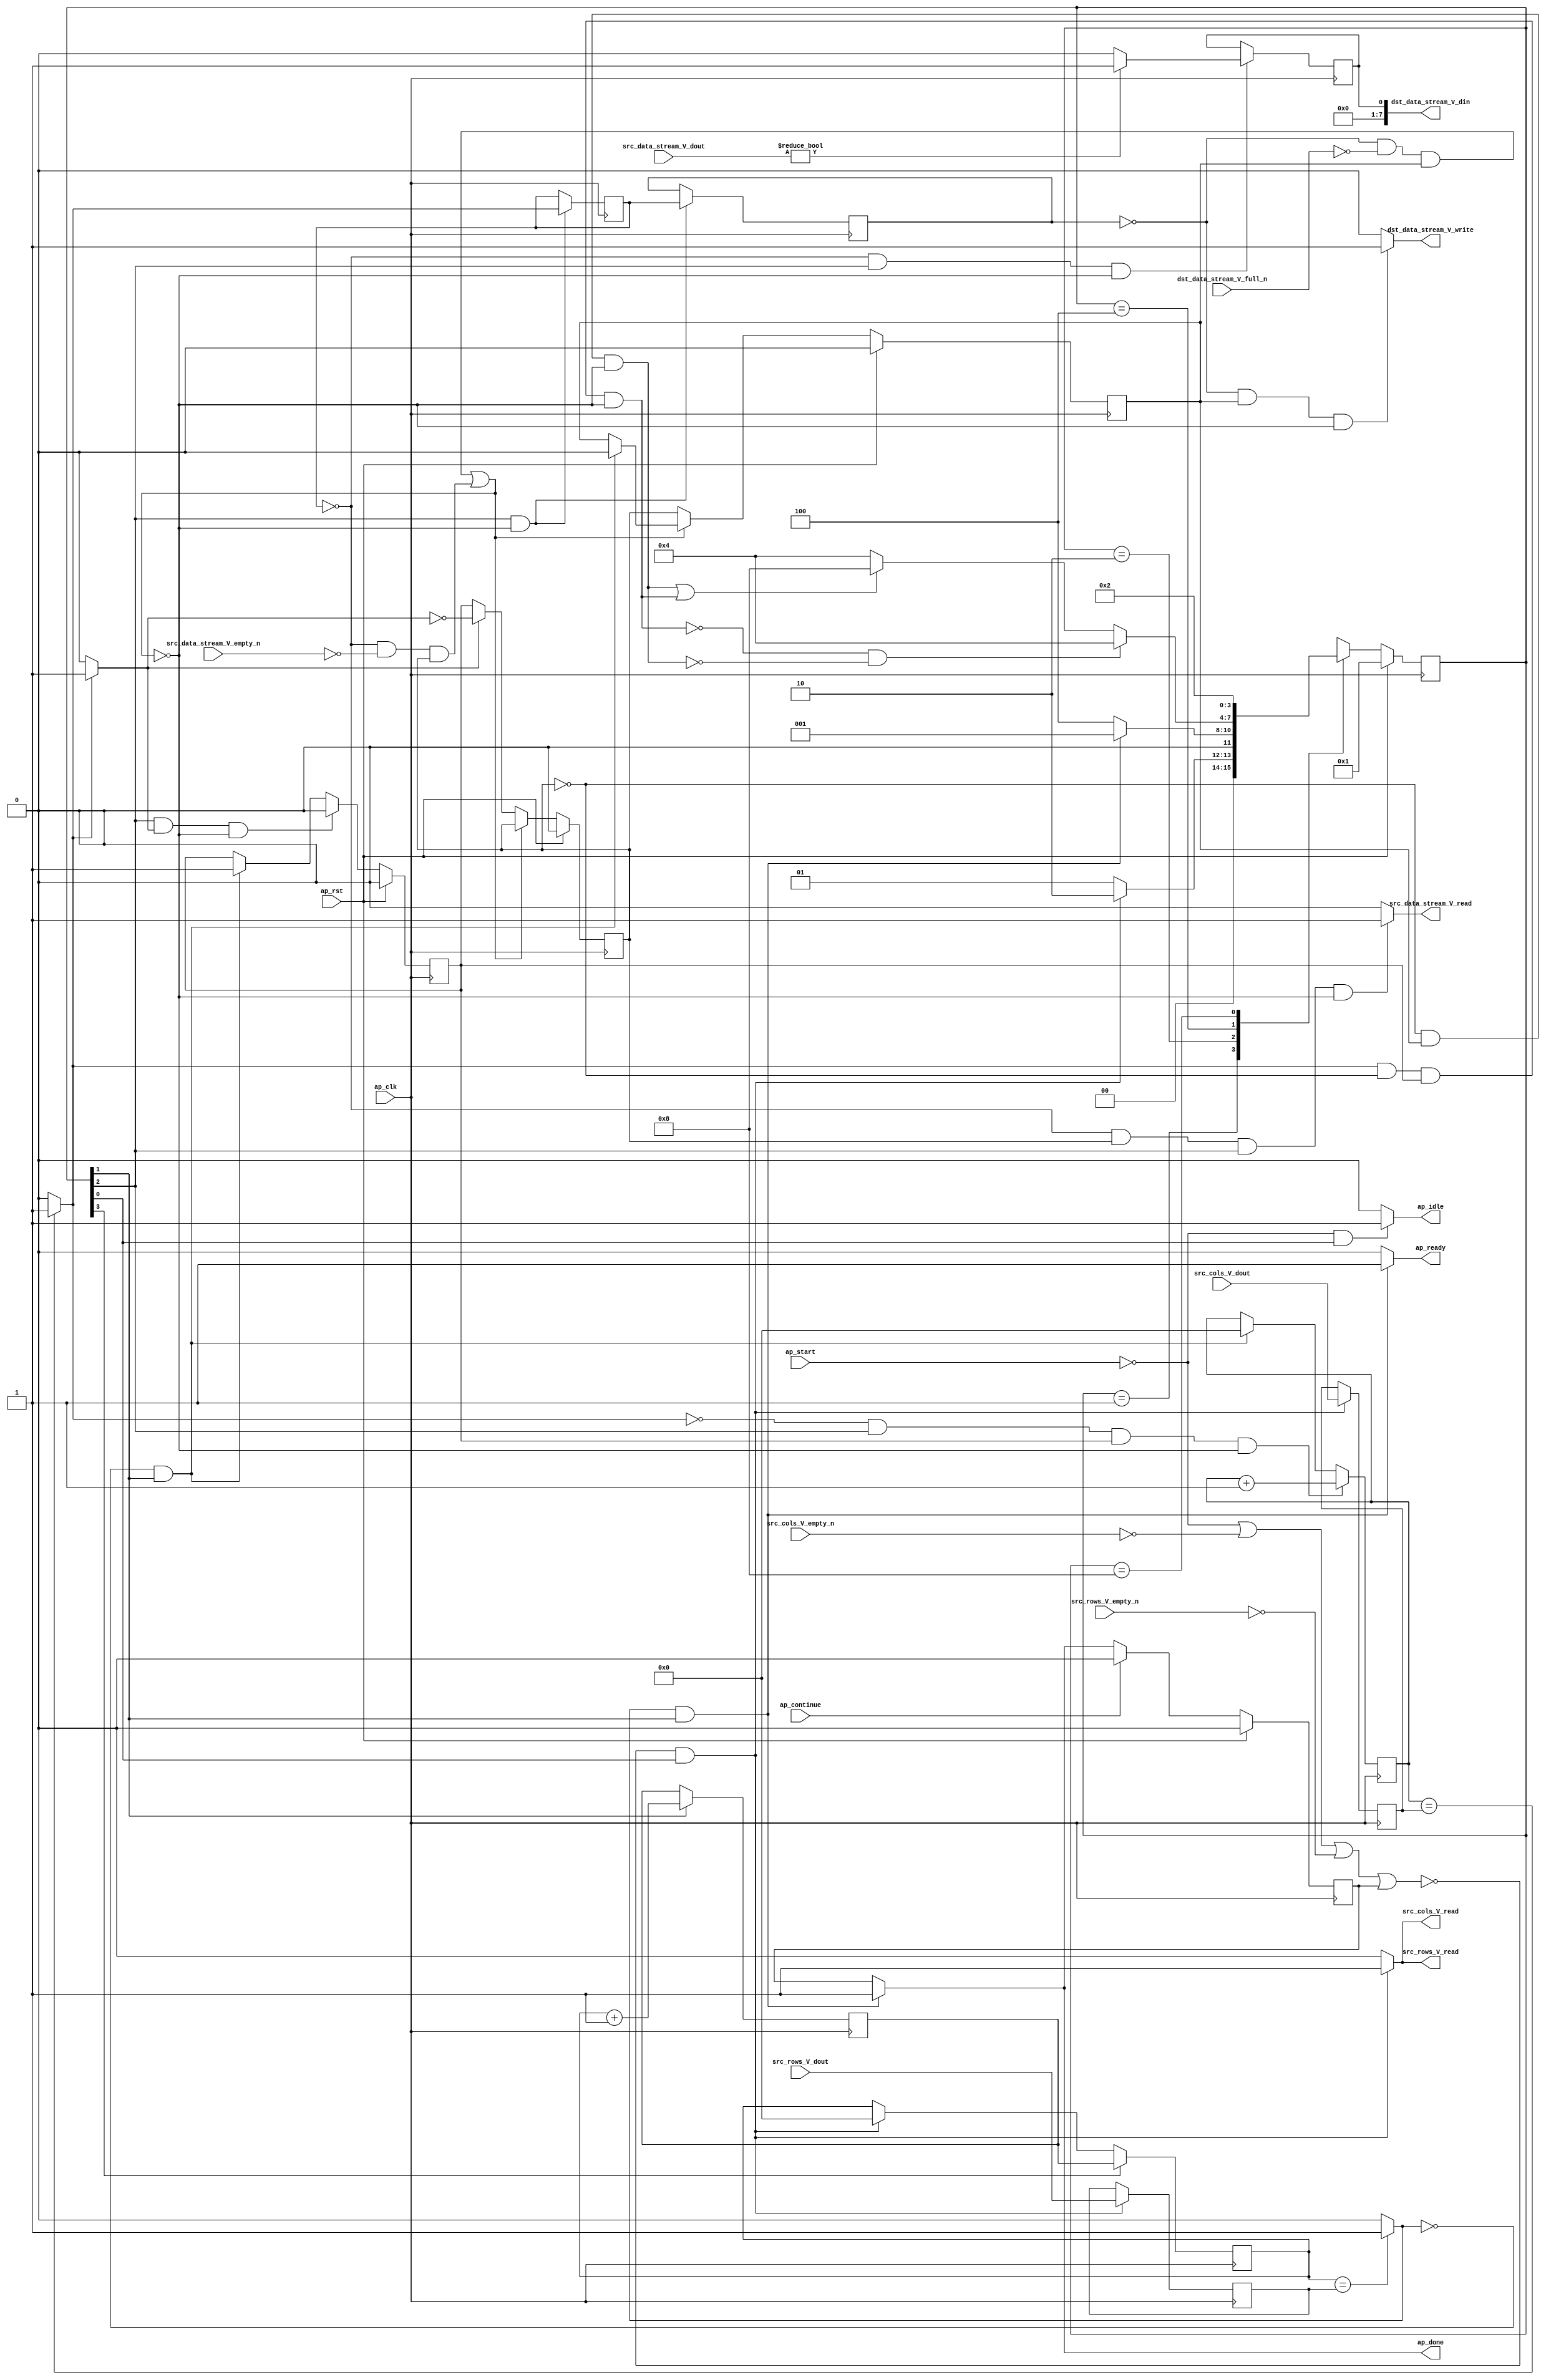
// ==============================================================
// RTL generated by Vivado(TM) HLS - High-Level Synthesis from C, C++ and SystemC
// Version: 2018.2
// Copyright (C) 1986-2018 Xilinx, Inc. All Rights Reserved.
// 
// ===========================================================

`timescale 1 ns / 1 ps 

module U8toBin (
        ap_clk,
        ap_rst,
        ap_start,
        ap_done,
        ap_continue,
        ap_idle,
        ap_ready,
        src_rows_V_dout,
        src_rows_V_empty_n,
        src_rows_V_read,
        src_cols_V_dout,
        src_cols_V_empty_n,
        src_cols_V_read,
        src_data_stream_V_dout,
        src_data_stream_V_empty_n,
        src_data_stream_V_read,
        dst_data_stream_V_din,
        dst_data_stream_V_full_n,
        dst_data_stream_V_write
);

parameter    ap_ST_fsm_state1 = 4'd1;
parameter    ap_ST_fsm_state2 = 4'd2;
parameter    ap_ST_fsm_pp0_stage0 = 4'd4;
parameter    ap_ST_fsm_state6 = 4'd8;

input   ap_clk;
input   ap_rst;
input   ap_start;
output   ap_done;
input   ap_continue;
output   ap_idle;
output   ap_ready;
input  [31:0] src_rows_V_dout;
input   src_rows_V_empty_n;
output   src_rows_V_read;
input  [31:0] src_cols_V_dout;
input   src_cols_V_empty_n;
output   src_cols_V_read;
input  [7:0] src_data_stream_V_dout;
input   src_data_stream_V_empty_n;
output   src_data_stream_V_read;
output  [7:0] dst_data_stream_V_din;
input   dst_data_stream_V_full_n;
output   dst_data_stream_V_write;

reg ap_done;
reg ap_idle;
reg ap_ready;
reg src_rows_V_read;
reg src_cols_V_read;
reg src_data_stream_V_read;
reg dst_data_stream_V_write;

reg    ap_done_reg;
(* fsm_encoding = "none" *) reg   [3:0] ap_CS_fsm;
wire    ap_CS_fsm_state1;
reg    src_rows_V_blk_n;
reg    src_cols_V_blk_n;
reg    src_data_stream_V_blk_n;
wire    ap_CS_fsm_pp0_stage0;
reg    ap_enable_reg_pp0_iter1;
wire    ap_block_pp0_stage0;
reg   [0:0] exitcond_i_reg_200;
reg    dst_data_stream_V_blk_n;
reg    ap_enable_reg_pp0_iter2;
reg   [0:0] exitcond_i_reg_200_pp0_iter1_reg;
reg   [31:0] t_V_2_reg_138;
reg   [31:0] src_rows_V_read_reg_181;
reg    ap_block_state1;
reg   [31:0] src_cols_V_read_reg_186;
wire   [0:0] exitcond2_i_fu_149_p2;
wire    ap_CS_fsm_state2;
wire   [31:0] i_V_fu_154_p2;
reg   [31:0] i_V_reg_195;
wire   [0:0] exitcond_i_fu_160_p2;
wire    ap_block_state3_pp0_stage0_iter0;
reg    ap_block_state4_pp0_stage0_iter1;
reg    ap_block_state5_pp0_stage0_iter2;
reg    ap_block_pp0_stage0_11001;
wire   [31:0] j_V_fu_165_p2;
reg    ap_enable_reg_pp0_iter0;
wire   [0:0] tmp_i_53_fu_171_p2;
reg   [0:0] tmp_i_53_reg_209;
reg    ap_block_pp0_stage0_subdone;
reg    ap_condition_pp0_exit_iter0_state3;
reg   [31:0] t_V_reg_127;
wire    ap_CS_fsm_state6;
reg    ap_block_pp0_stage0_01001;
reg   [3:0] ap_NS_fsm;
reg    ap_idle_pp0;
wire    ap_enable_pp0;

// power-on initialization
initial begin
#0 ap_done_reg = 1'b0;
#0 ap_CS_fsm = 4'd1;
#0 ap_enable_reg_pp0_iter1 = 1'b0;
#0 ap_enable_reg_pp0_iter2 = 1'b0;
#0 ap_enable_reg_pp0_iter0 = 1'b0;
end

always @ (posedge ap_clk) begin
    if (ap_rst == 1'b1) begin
        ap_CS_fsm <= ap_ST_fsm_state1;
    end else begin
        ap_CS_fsm <= ap_NS_fsm;
    end
end

always @ (posedge ap_clk) begin
    if (ap_rst == 1'b1) begin
        ap_done_reg <= 1'b0;
    end else begin
        if ((ap_continue == 1'b1)) begin
            ap_done_reg <= 1'b0;
        end else if (((exitcond2_i_fu_149_p2 == 1'd1) & (1'b1 == ap_CS_fsm_state2))) begin
            ap_done_reg <= 1'b1;
        end
    end
end

always @ (posedge ap_clk) begin
    if (ap_rst == 1'b1) begin
        ap_enable_reg_pp0_iter0 <= 1'b0;
    end else begin
        if (((1'b1 == ap_CS_fsm_pp0_stage0) & (1'b1 == ap_condition_pp0_exit_iter0_state3) & (1'b0 == ap_block_pp0_stage0_subdone))) begin
            ap_enable_reg_pp0_iter0 <= 1'b0;
        end else if (((exitcond2_i_fu_149_p2 == 1'd0) & (1'b1 == ap_CS_fsm_state2))) begin
            ap_enable_reg_pp0_iter0 <= 1'b1;
        end
    end
end

always @ (posedge ap_clk) begin
    if (ap_rst == 1'b1) begin
        ap_enable_reg_pp0_iter1 <= 1'b0;
    end else begin
        if ((1'b0 == ap_block_pp0_stage0_subdone)) begin
            if ((1'b1 == ap_condition_pp0_exit_iter0_state3)) begin
                ap_enable_reg_pp0_iter1 <= (1'b1 ^ ap_condition_pp0_exit_iter0_state3);
            end else if ((1'b1 == 1'b1)) begin
                ap_enable_reg_pp0_iter1 <= ap_enable_reg_pp0_iter0;
            end
        end
    end
end

always @ (posedge ap_clk) begin
    if (ap_rst == 1'b1) begin
        ap_enable_reg_pp0_iter2 <= 1'b0;
    end else begin
        if ((1'b0 == ap_block_pp0_stage0_subdone)) begin
            ap_enable_reg_pp0_iter2 <= ap_enable_reg_pp0_iter1;
        end else if (((exitcond2_i_fu_149_p2 == 1'd0) & (1'b1 == ap_CS_fsm_state2))) begin
            ap_enable_reg_pp0_iter2 <= 1'b0;
        end
    end
end

always @ (posedge ap_clk) begin
    if (((exitcond_i_fu_160_p2 == 1'd0) & (1'b1 == ap_CS_fsm_pp0_stage0) & (ap_enable_reg_pp0_iter0 == 1'b1) & (1'b0 == ap_block_pp0_stage0_11001))) begin
        t_V_2_reg_138 <= j_V_fu_165_p2;
    end else if (((exitcond2_i_fu_149_p2 == 1'd0) & (1'b1 == ap_CS_fsm_state2))) begin
        t_V_2_reg_138 <= 32'd0;
    end
end

always @ (posedge ap_clk) begin
    if ((1'b1 == ap_CS_fsm_state6)) begin
        t_V_reg_127 <= i_V_reg_195;
    end else if ((~((ap_start == 1'b0) | (src_cols_V_empty_n == 1'b0) | (src_rows_V_empty_n == 1'b0) | (ap_done_reg == 1'b1)) & (1'b1 == ap_CS_fsm_state1))) begin
        t_V_reg_127 <= 32'd0;
    end
end

always @ (posedge ap_clk) begin
    if (((1'b1 == ap_CS_fsm_pp0_stage0) & (1'b0 == ap_block_pp0_stage0_11001))) begin
        exitcond_i_reg_200 <= exitcond_i_fu_160_p2;
        exitcond_i_reg_200_pp0_iter1_reg <= exitcond_i_reg_200;
    end
end

always @ (posedge ap_clk) begin
    if ((1'b1 == ap_CS_fsm_state2)) begin
        i_V_reg_195 <= i_V_fu_154_p2;
    end
end

always @ (posedge ap_clk) begin
    if ((~((ap_start == 1'b0) | (src_cols_V_empty_n == 1'b0) | (src_rows_V_empty_n == 1'b0) | (ap_done_reg == 1'b1)) & (1'b1 == ap_CS_fsm_state1))) begin
        src_cols_V_read_reg_186 <= src_cols_V_dout;
        src_rows_V_read_reg_181 <= src_rows_V_dout;
    end
end

always @ (posedge ap_clk) begin
    if (((exitcond_i_reg_200 == 1'd0) & (1'b1 == ap_CS_fsm_pp0_stage0) & (1'b0 == ap_block_pp0_stage0_11001))) begin
        tmp_i_53_reg_209 <= tmp_i_53_fu_171_p2;
    end
end

always @ (*) begin
    if ((exitcond_i_fu_160_p2 == 1'd1)) begin
        ap_condition_pp0_exit_iter0_state3 = 1'b1;
    end else begin
        ap_condition_pp0_exit_iter0_state3 = 1'b0;
    end
end

always @ (*) begin
    if (((exitcond2_i_fu_149_p2 == 1'd1) & (1'b1 == ap_CS_fsm_state2))) begin
        ap_done = 1'b1;
    end else begin
        ap_done = ap_done_reg;
    end
end

always @ (*) begin
    if (((ap_start == 1'b0) & (1'b1 == ap_CS_fsm_state1))) begin
        ap_idle = 1'b1;
    end else begin
        ap_idle = 1'b0;
    end
end

always @ (*) begin
    if (((ap_enable_reg_pp0_iter2 == 1'b0) & (ap_enable_reg_pp0_iter1 == 1'b0) & (ap_enable_reg_pp0_iter0 == 1'b0))) begin
        ap_idle_pp0 = 1'b1;
    end else begin
        ap_idle_pp0 = 1'b0;
    end
end

always @ (*) begin
    if (((exitcond2_i_fu_149_p2 == 1'd1) & (1'b1 == ap_CS_fsm_state2))) begin
        ap_ready = 1'b1;
    end else begin
        ap_ready = 1'b0;
    end
end

always @ (*) begin
    if (((exitcond_i_reg_200_pp0_iter1_reg == 1'd0) & (1'b0 == ap_block_pp0_stage0) & (ap_enable_reg_pp0_iter2 == 1'b1))) begin
        dst_data_stream_V_blk_n = dst_data_stream_V_full_n;
    end else begin
        dst_data_stream_V_blk_n = 1'b1;
    end
end

always @ (*) begin
    if (((exitcond_i_reg_200_pp0_iter1_reg == 1'd0) & (ap_enable_reg_pp0_iter2 == 1'b1) & (1'b0 == ap_block_pp0_stage0_11001))) begin
        dst_data_stream_V_write = 1'b1;
    end else begin
        dst_data_stream_V_write = 1'b0;
    end
end

always @ (*) begin
    if ((~((ap_start == 1'b0) | (ap_done_reg == 1'b1)) & (1'b1 == ap_CS_fsm_state1))) begin
        src_cols_V_blk_n = src_cols_V_empty_n;
    end else begin
        src_cols_V_blk_n = 1'b1;
    end
end

always @ (*) begin
    if ((~((ap_start == 1'b0) | (src_cols_V_empty_n == 1'b0) | (src_rows_V_empty_n == 1'b0) | (ap_done_reg == 1'b1)) & (1'b1 == ap_CS_fsm_state1))) begin
        src_cols_V_read = 1'b1;
    end else begin
        src_cols_V_read = 1'b0;
    end
end

always @ (*) begin
    if (((exitcond_i_reg_200 == 1'd0) & (1'b0 == ap_block_pp0_stage0) & (ap_enable_reg_pp0_iter1 == 1'b1) & (1'b1 == ap_CS_fsm_pp0_stage0))) begin
        src_data_stream_V_blk_n = src_data_stream_V_empty_n;
    end else begin
        src_data_stream_V_blk_n = 1'b1;
    end
end

always @ (*) begin
    if (((exitcond_i_reg_200 == 1'd0) & (ap_enable_reg_pp0_iter1 == 1'b1) & (1'b1 == ap_CS_fsm_pp0_stage0) & (1'b0 == ap_block_pp0_stage0_11001))) begin
        src_data_stream_V_read = 1'b1;
    end else begin
        src_data_stream_V_read = 1'b0;
    end
end

always @ (*) begin
    if ((~((ap_start == 1'b0) | (ap_done_reg == 1'b1)) & (1'b1 == ap_CS_fsm_state1))) begin
        src_rows_V_blk_n = src_rows_V_empty_n;
    end else begin
        src_rows_V_blk_n = 1'b1;
    end
end

always @ (*) begin
    if ((~((ap_start == 1'b0) | (src_cols_V_empty_n == 1'b0) | (src_rows_V_empty_n == 1'b0) | (ap_done_reg == 1'b1)) & (1'b1 == ap_CS_fsm_state1))) begin
        src_rows_V_read = 1'b1;
    end else begin
        src_rows_V_read = 1'b0;
    end
end

always @ (*) begin
    case (ap_CS_fsm)
        ap_ST_fsm_state1 : begin
            if ((~((ap_start == 1'b0) | (src_cols_V_empty_n == 1'b0) | (src_rows_V_empty_n == 1'b0) | (ap_done_reg == 1'b1)) & (1'b1 == ap_CS_fsm_state1))) begin
                ap_NS_fsm = ap_ST_fsm_state2;
            end else begin
                ap_NS_fsm = ap_ST_fsm_state1;
            end
        end
        ap_ST_fsm_state2 : begin
            if (((exitcond2_i_fu_149_p2 == 1'd1) & (1'b1 == ap_CS_fsm_state2))) begin
                ap_NS_fsm = ap_ST_fsm_state1;
            end else begin
                ap_NS_fsm = ap_ST_fsm_pp0_stage0;
            end
        end
        ap_ST_fsm_pp0_stage0 : begin
            if ((~((exitcond_i_fu_160_p2 == 1'd1) & (ap_enable_reg_pp0_iter1 == 1'b0) & (ap_enable_reg_pp0_iter0 == 1'b1) & (1'b0 == ap_block_pp0_stage0_subdone)) & ~((ap_enable_reg_pp0_iter1 == 1'b0) & (ap_enable_reg_pp0_iter2 == 1'b1) & (1'b0 == ap_block_pp0_stage0_subdone)))) begin
                ap_NS_fsm = ap_ST_fsm_pp0_stage0;
            end else if ((((ap_enable_reg_pp0_iter1 == 1'b0) & (ap_enable_reg_pp0_iter2 == 1'b1) & (1'b0 == ap_block_pp0_stage0_subdone)) | ((exitcond_i_fu_160_p2 == 1'd1) & (ap_enable_reg_pp0_iter1 == 1'b0) & (ap_enable_reg_pp0_iter0 == 1'b1) & (1'b0 == ap_block_pp0_stage0_subdone)))) begin
                ap_NS_fsm = ap_ST_fsm_state6;
            end else begin
                ap_NS_fsm = ap_ST_fsm_pp0_stage0;
            end
        end
        ap_ST_fsm_state6 : begin
            ap_NS_fsm = ap_ST_fsm_state2;
        end
        default : begin
            ap_NS_fsm = 'bx;
        end
    endcase
end

assign ap_CS_fsm_pp0_stage0 = ap_CS_fsm[32'd2];

assign ap_CS_fsm_state1 = ap_CS_fsm[32'd0];

assign ap_CS_fsm_state2 = ap_CS_fsm[32'd1];

assign ap_CS_fsm_state6 = ap_CS_fsm[32'd3];

assign ap_block_pp0_stage0 = ~(1'b1 == 1'b1);

always @ (*) begin
    ap_block_pp0_stage0_01001 = (((exitcond_i_reg_200_pp0_iter1_reg == 1'd0) & (dst_data_stream_V_full_n == 1'b0) & (ap_enable_reg_pp0_iter2 == 1'b1)) | ((exitcond_i_reg_200 == 1'd0) & (src_data_stream_V_empty_n == 1'b0) & (ap_enable_reg_pp0_iter1 == 1'b1)));
end

always @ (*) begin
    ap_block_pp0_stage0_11001 = (((exitcond_i_reg_200_pp0_iter1_reg == 1'd0) & (dst_data_stream_V_full_n == 1'b0) & (ap_enable_reg_pp0_iter2 == 1'b1)) | ((exitcond_i_reg_200 == 1'd0) & (src_data_stream_V_empty_n == 1'b0) & (ap_enable_reg_pp0_iter1 == 1'b1)));
end

always @ (*) begin
    ap_block_pp0_stage0_subdone = (((exitcond_i_reg_200_pp0_iter1_reg == 1'd0) & (dst_data_stream_V_full_n == 1'b0) & (ap_enable_reg_pp0_iter2 == 1'b1)) | ((exitcond_i_reg_200 == 1'd0) & (src_data_stream_V_empty_n == 1'b0) & (ap_enable_reg_pp0_iter1 == 1'b1)));
end

always @ (*) begin
    ap_block_state1 = ((ap_start == 1'b0) | (src_cols_V_empty_n == 1'b0) | (src_rows_V_empty_n == 1'b0) | (ap_done_reg == 1'b1));
end

assign ap_block_state3_pp0_stage0_iter0 = ~(1'b1 == 1'b1);

always @ (*) begin
    ap_block_state4_pp0_stage0_iter1 = ((exitcond_i_reg_200 == 1'd0) & (src_data_stream_V_empty_n == 1'b0));
end

always @ (*) begin
    ap_block_state5_pp0_stage0_iter2 = ((exitcond_i_reg_200_pp0_iter1_reg == 1'd0) & (dst_data_stream_V_full_n == 1'b0));
end

assign ap_enable_pp0 = (ap_idle_pp0 ^ 1'b1);

assign dst_data_stream_V_din = tmp_i_53_reg_209;

assign exitcond2_i_fu_149_p2 = ((t_V_reg_127 == src_rows_V_read_reg_181) ? 1'b1 : 1'b0);

assign exitcond_i_fu_160_p2 = ((t_V_2_reg_138 == src_cols_V_read_reg_186) ? 1'b1 : 1'b0);

assign i_V_fu_154_p2 = (t_V_reg_127 + 32'd1);

assign j_V_fu_165_p2 = (t_V_2_reg_138 + 32'd1);

assign tmp_i_53_fu_171_p2 = ((src_data_stream_V_dout != 8'd0) ? 1'b1 : 1'b0);

endmodule //U8toBin